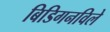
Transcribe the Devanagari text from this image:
बिडिगनविले